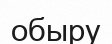
обыру